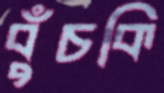
বুঁচকি